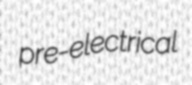
pre-electrical